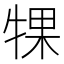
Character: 𬌡